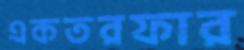
একতরফার